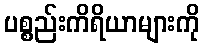
ပစ္စည်းကိရိယာများကို